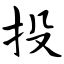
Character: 投